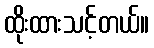
ထိုးထားသင့်တယ်။